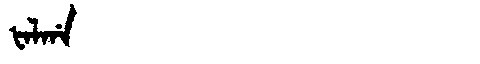
Manchu: ᡶᠠᠯᡤᠠ
Romanization: FALGA